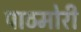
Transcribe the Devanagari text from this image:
पाठमोरी